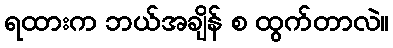
ရထားက ဘယ်အချိန် စ ထွက်တာလဲ။